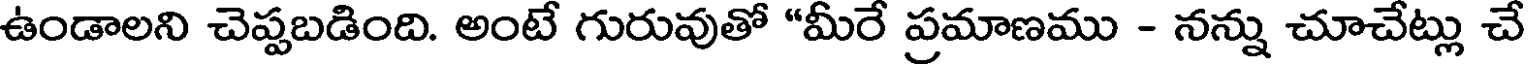
ఉండాలని చెప్పబడింది. అంటే గురువుతో "మీరే ప్రమాణము - నన్ను చూచేట్లు చే